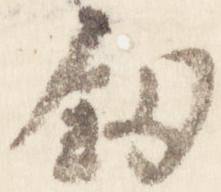
剣